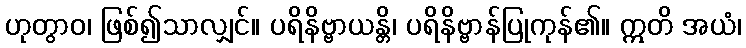
ဟုတွာဝ၊ ဖြစ်၍သာလျှင်။ ပရိနိဗ္ဗာယန္တိ၊ ပရိနိဗ္ဗာန်ပြုကုန်၏။ ဣတိ အယံ၊